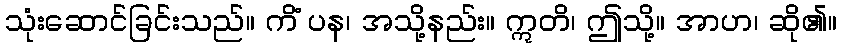
သုံးဆောင်ခြင်းသည်။ ကိံ ပန၊ အသို့နည်း။ ဣတိ၊ ဤသို့။ အာဟ၊ ဆို၏။